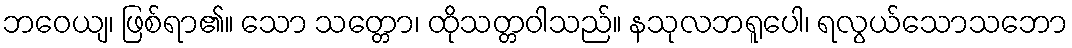
ဘဝေယျ၊ ဖြစ်ရာ၏။ သော သတ္တော၊ ထိုသတ္တဝါသည်။ နသုလဘရူပေါ၊ ရလွယ်သောသဘော